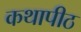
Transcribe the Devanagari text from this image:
कथापीठ